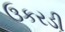
ઉકરડી